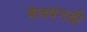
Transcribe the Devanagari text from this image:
बेलथंगड़ी